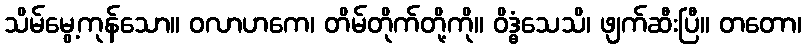
သိမ်မွေ့ကုန်သော။ ဝလာဟကေ၊ တိမ်တိုက်တို့ကို။ ဝိဒ္ဓံသေသိ၊ ဖျက်ဆီးပြီ။ တတော၊